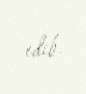
edib.